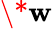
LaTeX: \* \mathbf{w}